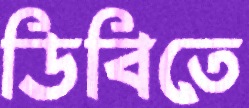
ডিবিতে